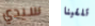
سيدي تلقينا